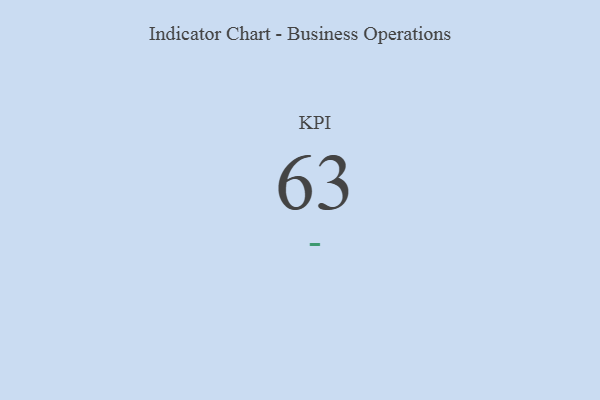
{"axis": {"x": "KPI", "y": "Value"}, "legend": [""], "data": [{"x": "KPI", "y": 63, "type": ""}]}